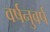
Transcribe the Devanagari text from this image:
वर्षनुवर्ष